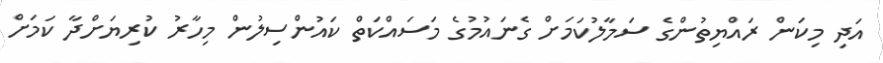
އަދި މިކަން ރައްޔިތުންގެ ސަމާލުކަމަށް ގެނައުމުގެ މަސައްކަތް ކައުންސިލުން މިހާރު ކުރިޔަށްދާ ކަމަށް